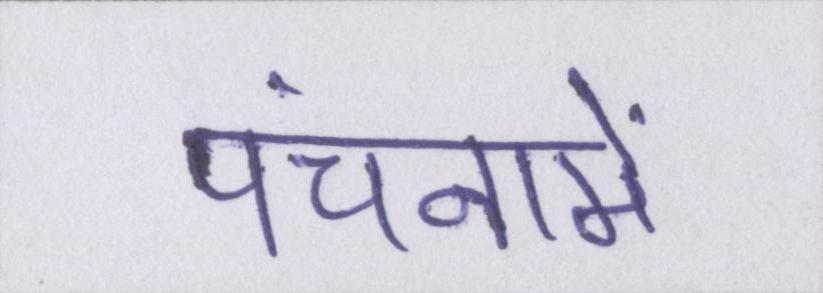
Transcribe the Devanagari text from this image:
पंचनामें